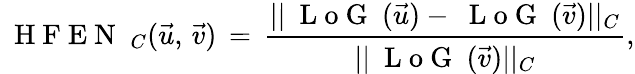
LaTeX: \mathrm{~{~H~F~E~N~}~}_{C}(\vec{u},\, \vec{v})\, =\, \frac{||\mathrm{~{~L~o~G~}~}(\vec{u})-\mathrm{~{~L~o~G~}~}(\vec{v})||_{C}}{||\mathrm{~{~L~o~G~}~}(\vec{v})||_{C}},